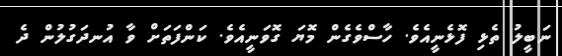
ނަބީލު ތެޅި ފޮޅެނީއެވެ. ހާސްވެގެން މޮޔަ ގޮވަނީއެވެ. ކަންފަތަށް ވާ އުނދަގުލުން ދެ